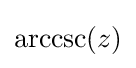
\operatorname {arccsc} (z)